画像に写った文字を読んでください
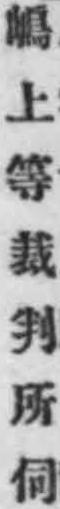
「嶋上等裁判所」と書いてあります